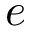
e